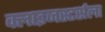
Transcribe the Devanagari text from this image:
क्लाइजस्टर्सला